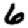
Digit: 6